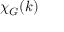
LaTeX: \chi _ { G } ( k )